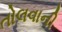
તોલવાની